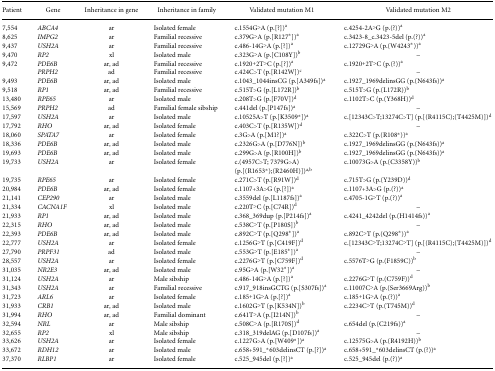
<table><thead><tr><td><b>Patient</b></td><td><b>Gene</b></td><td><b>Inheritance in gene</b></td><td><b>Inheritance in family</b></td><td><b>Validated mutation M1</b></td><td><b>Validated mutation M2</b></td></tr></thead><tbody><tr><td>7,554</td><td><i>ABCA4</i></td><td>ar</td><td>Isolated female</td><td>c.1554G&gt;A (p.[?])a</td><td>c.4254-2A&gt;G (p.(?))a</td></tr><tr><td>8,625</td><td><i>IMPG2</i></td><td>ar</td><td>Familial recessive</td><td>c.379G&gt;A (p.[R127<sup>*</sup>])a</td><td>c.3423-8_c.3423-5del (p.(?))a</td></tr><tr><td>9,437</td><td><i>USH2A</i></td><td>ar</td><td>Familial recessive</td><td>c.486-14G&gt;A (p.[?])a</td><td>c.12729G&gt;A (p.(W4243<sup>*</sup>))a</td></tr><tr><td>9,470</td><td><i>RP2</i></td><td>xl</td><td>Isolated male</td><td>c.323G&gt;A (p.[C108Y])b</td><td>–</td></tr><tr><td>9,472</td><td><i>PDE6B</i></td><td>ar, ad</td><td>Familial recessive</td><td>c.1920+2T&gt;C (p.[?])a</td><td>c.1920+2T&gt;C (p.(?))a</td></tr><tr><td>[EMPTY_CELL]</td><td><i>PRPH2</i></td><td>ad</td><td>Familial recessive</td><td>c.424C&gt;T (p.[R142W])c</td><td>–</td></tr><tr><td>9,493</td><td><i>PDE6B</i></td><td>ar, ad</td><td>Isolated male</td><td>c.1043_1044insCG (p.[A349fs])a</td><td>c.1927_1969delinsGG (p.(N643fs))a</td></tr><tr><td>9,518</td><td><i>RP1</i></td><td>ar, ad</td><td>Familial recessive</td><td>c.515T&gt;G (p.[L172R])b</td><td>c.515T&gt;G (p.(L172R))b</td></tr><tr><td>13,480</td><td><i>RPE65</i></td><td>ar</td><td>Isolated male</td><td>c.208T&gt;G (p.[F70V])d</td><td>c.1102T&gt;C (p.(Y368H))d</td></tr><tr><td>15,569</td><td><i>PRPH2</i></td><td>ad</td><td>Familial female sibship</td><td>c.441del (p.[P147fs])a</td><td>–</td></tr><tr><td>17,597</td><td><i>USH2A</i></td><td>ar</td><td>Isolated male</td><td>c.10525A&gt;T (p.[K3509<sup>*</sup>])a</td><td>c.[12343C&gt;T;13274C&gt;T] (p.[(R4115C);(T4425M)])d</td></tr><tr><td>17,792</td><td><i>RHO</i></td><td>ar, ad</td><td>Isolated female</td><td>c.403C&gt;T (p.[R135W])d</td><td>–</td></tr><tr><td>18,060</td><td><i>SPATA7</i></td><td>ar</td><td>Isolated female</td><td>c.3G&gt;A (p.[M1?])a</td><td>c.322C&gt;T (p.(R108<sup>*</sup>))a</td></tr><tr><td>18,336</td><td><i>PDE6B</i></td><td>ar, ad</td><td>Isolated male</td><td>c.2326G&gt;A (p.[D776N])b</td><td>c.1927_1969delinsGG (p.(N643fs))a</td></tr><tr><td>19,693</td><td><i>PDE6B</i></td><td>ar, ad</td><td>Isolated male</td><td>c.299G&gt;A (p.[R100H])b</td><td>c.1927_1969delinsGG (p.(N643fs))a</td></tr><tr><td>19,733</td><td><i>USH2A</i></td><td>ar</td><td>Isolated female</td><td>c.(4957C&gt;T; 7379G&gt;A) (p.[(R1653<sup>*</sup>);(R2460H)])<sup>a,b</sup></td><td>c.10073G&gt;A (p.(C3358Y))b</td></tr><tr><td>19,735</td><td><i>RPE65</i></td><td>ar</td><td>Isolated female</td><td>c.271C&gt;T (p.[R91W])d</td><td>c.715T&gt;G (p.(Y239D))d</td></tr><tr><td>20,984</td><td><i>PDE6B</i></td><td>ar, ad</td><td>Isolated female</td><td>c.1107+3A&gt;G (p.[?])a</td><td>c.1107+3A&gt;G (p.(?))a</td></tr><tr><td>21,141</td><td><i>CEP290</i></td><td>ar</td><td>Isolated male</td><td>c.3559del (p.[L1187fs])a</td><td>c.4705-1G&gt;T (p.(?))a</td></tr><tr><td>21,334</td><td><i>CACNA1F</i></td><td>xl</td><td>Isolated male</td><td>c.220T&gt;C (p.[C74R])d</td><td>–</td></tr><tr><td>21,933</td><td><i>RP1</i></td><td>ar, ad</td><td>Isolated male</td><td>c.368_369dup (p.[P214fs])a</td><td>c.4241_4242del (p.(H1414fs))a</td></tr><tr><td>22,315</td><td><i>RHO</i></td><td>ar, ad</td><td>Isolated male</td><td>c.538C&gt;T (p.[P180S])b</td><td>–</td></tr><tr><td>22,393</td><td><i>PDE6B</i></td><td>ar, ad</td><td>Isolated male</td><td>c.892C&gt;T (p.[Q298<sup>*</sup>])a</td><td>c.892C&gt;T (p.(Q298<sup>*</sup>))a</td></tr><tr><td>22,777</td><td><i>USH2A</i></td><td>ar</td><td>Isolated female</td><td>c.1256G&gt;T (p.[C419F])d</td><td>c.[12343C&gt;T;13274C&gt;T] (p.[(R4115C);(T4425M)])d</td></tr><tr><td>27,790</td><td><i>PRPF31</i></td><td>ad</td><td>Isolated male</td><td>c.553G&gt;T (p.[E185<sup>*</sup>])a</td><td>–</td></tr><tr><td>28,557</td><td><i>USH2A</i></td><td>ar</td><td>Isolated female</td><td>c.2276G&gt;T (p.[C759F])d</td><td>c.5576T&gt;G (p.(F1859C))b</td></tr><tr><td>31,035</td><td><i>NR2E3</i></td><td>ar, ad</td><td>Isolated male</td><td>c.95G&gt;A (p.[W32<sup>*</sup>])a</td><td>–</td></tr><tr><td>31,124</td><td><i>USH2A</i></td><td>ar</td><td>Male sibship</td><td>c.486-14G&gt;A (p.[?])a</td><td>c.2276G&gt;T (p.(C759F))d</td></tr><tr><td>31,343</td><td><i>USH2A</i></td><td>ar</td><td>Familial recessive</td><td>c.917_918insGCTG (p.[S307fs])a</td><td>c.11007C&gt;A (p.(Ser3669Arg))b</td></tr><tr><td>31,723</td><td><i>ARL6</i></td><td>ar</td><td>Isolated female</td><td>c.185+1G&gt;A (p.[?])a</td><td>c.185+1G&gt;A (p.(?))a</td></tr><tr><td>31,933</td><td><i>CRB1</i></td><td>ar, ad</td><td>Isolated male</td><td>c.1602G&gt;T (p.[K534N])b</td><td>c.2234C&gt;T (p.(T745M))d</td></tr><tr><td>31,994</td><td><i>RHO</i></td><td>ar, ad</td><td>Familial dominant</td><td>c.641T&gt;A (p.[I214N])b</td><td>–</td></tr><tr><td>32,594</td><td><i>NRL</i></td><td>ar</td><td>Male sibship</td><td>c.508C&gt;A (p.[R170S])d</td><td>c.654del (p.(C219fs))a</td></tr><tr><td>32,655</td><td><i>RP2</i></td><td>xl</td><td>Male sibship</td><td>c.318_319delAG (p.[D107fs])a</td><td>–</td></tr><tr><td>33,626</td><td><i>USH2A</i></td><td>ar</td><td>Isolated female</td><td>c.1227G&gt;A (p.[W409<sup>*</sup>])a</td><td>c.12575G&gt;A (p.(R4192H))b</td></tr><tr><td>33,672</td><td><i>RDH12</i></td><td>ar</td><td>Isolated male</td><td>c.658+591_<sup>*</sup>603delinsCT (p.[?])a</td><td>c.658+591_<sup>*</sup>603delinsCT (p.(?))a</td></tr><tr><td>37,370</td><td><i>RLBP1</i></td><td>ar</td><td>Isolated female</td><td>c.525_945del (p.[?])a</td><td>c.525_945del (p.(?))a</td></tr></tbody></table>